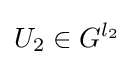
U_{2}\in G^{l_{2}}